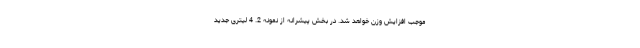
موجب افزایش وزن خواهد شد. در بخش پیشرانه از نمونه 2. 4 لیتری جدید